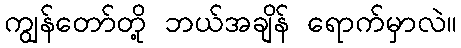
ကျွန်တော်တို့ ဘယ်အချိန် ရောက်မှာလဲ။